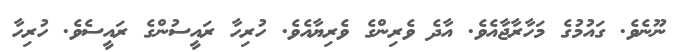
ނޫނެވެ. ގައުމުގެ މަހާރާޖާއެވެ. އާދެ ވެރިންގެ ވެރިޔާއެވެ. ހުރިހާ ރައީސުންގެ ރައީސެވެ. ހުރިހާ